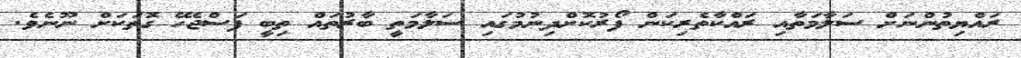
ރައްޔިތުންނަށް ސަލާމަތާއި ރައްކާތެރިކަން ފޯރުކޮށްދިނުމުގައި ސަލާމަތީ ބާރުތައް ތިބީ ފަސްޖެހޭ ގޮތަކަށް ނޫނެވެ.